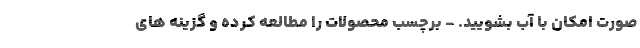
صورت امکان با آب بشویید. - برچسب محصولات را مطالعه کرده و گزینه های